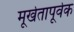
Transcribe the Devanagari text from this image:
मूर्खतापूर्वक